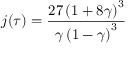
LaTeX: j ( \tau ) = { \frac { 2 7 \left( 1 + 8 \gamma \right) ^ { 3 } } { \gamma \left( 1 - \gamma \right) ^ { 3 } } }